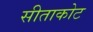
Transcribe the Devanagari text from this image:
सीताकोट